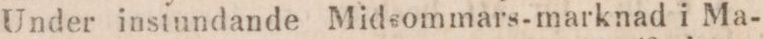
Under instundande Midsommars-marknad i Ma-